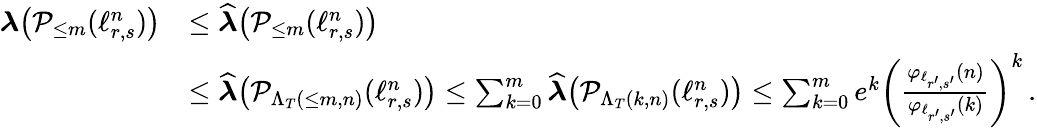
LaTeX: \begin{array}{rl}{\boldsymbol{\lambda}\big(\mathcal{P}_{\leq m}(\ell_{r,s}^{n})\big)}&{\leq\boldsymbol{\widehat{\lambda}}\big(\mathcal{P}_{\leq m}(\ell_{r,s}^{n})\big)}\\ &{\leq\boldsymbol{\widehat{\lambda}}\big(\mathcal{P}_{\Lambda_{T}(\leq m,n)}(\ell_{r,s}^{n})\big)\leq\sum_{k=0}^{m}\boldsymbol{\widehat{\lambda}}\big(\mathcal{P}_{\Lambda_{T}(k,n)}(\ell_{r,s}^{n})\big)\leq\sum_{k=0}^{m}e^{k}\left(\frac{\varphi_{\ell_{r^{\prime},s^{\prime}}}(n)}{\varphi_{\ell_{r^{\prime},s^{\prime}}}(k)}\right)^{k}\, .}\end{array}